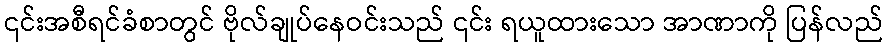
၎င်းအစီရင်ခံစာတွင် ဗိုလ်ချုပ်နေဝင်းသည် ၎င်း ရယူထားသော အာဏာကို ပြန်လည်